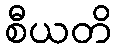
စီယတိ